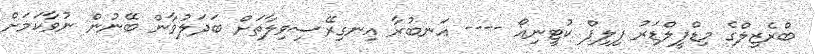
ބްރެޒިލްގެ މިޑްފީލްޑަރު ފިލިޕް ކުޓީނިއޯ ---- އަނބުރާ އިނގިރޭސިވިލާތަށް ބަދަލުވާން ބޭނުން ނުވާކަމަށް